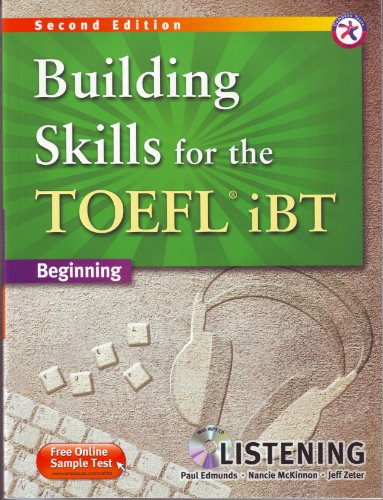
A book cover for Building Skills for the TOEFL iBT, 2nd Edition Beginning Listening (w/MP3 CD, Transcripts and Answer Key); Paul Edmunds; Test Preparation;